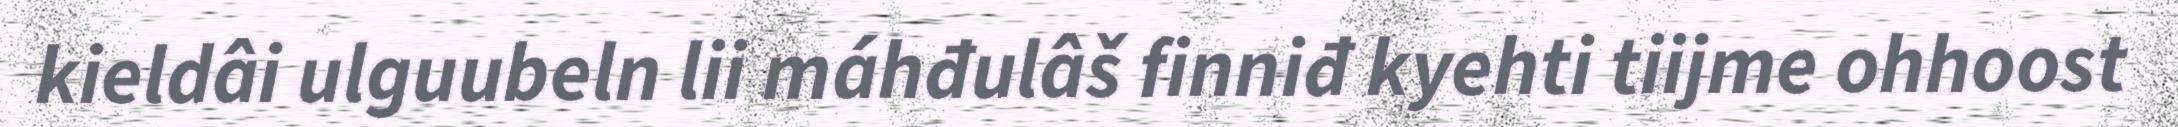
kieldâi ulguubeln lii máhđulâš finniđ kyehti tiijme ohhoost